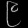
Digit: ၉